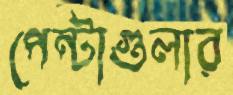
পেন্টাগুলার